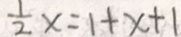
\frac { 1 } { 2 } x = 1 + x + 1